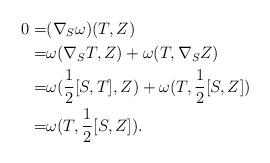
LaTeX: \begin{align*} 0=&(\nabla_S\omega)(T,Z)\\ =&\omega(\nabla_ST,Z)+\omega(T,\nabla_SZ)\\ =&\omega(\frac{1}{2}[S,T],Z)+\omega(T,\frac{1}{2}[S,Z])\\ =&\omega(T,\frac{1}{2}[S,Z]).\\ \end{align*}